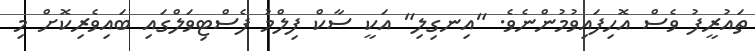
ތައުރީފު ވެސް އޮހިފައިވުމުންނެވެ. "އިނގިލި" އަކީ ސާކް ފިލްމު ފެސްޓިވަލްގައި ބައިވެރިކޮށް މި